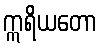
ဣရိယတော